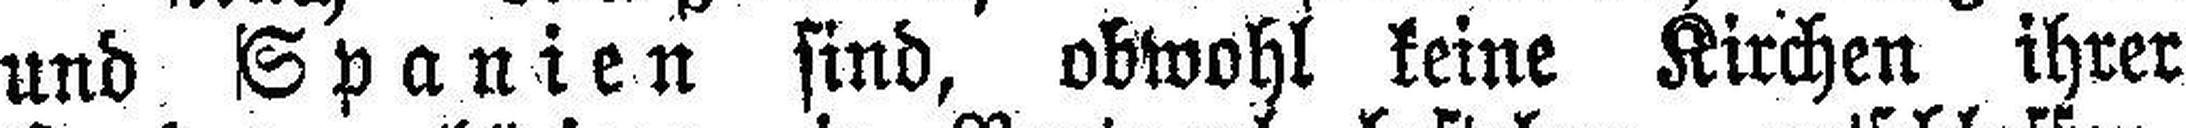
und Spanien sind, obwohl keine Kirchen ihrer